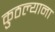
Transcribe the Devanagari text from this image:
कुठल्याना